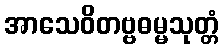
အာသေဝိတဗ္ဗဓမ္မသုတ္တံ